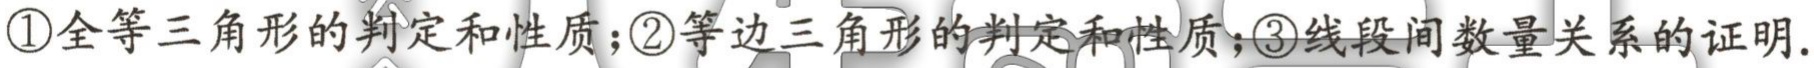
\textcircled{1}全等三角形的判定和性质；\textcircled{2}等边三角形的判定和性质；\textcircled{3}线段间数量关系的证明.